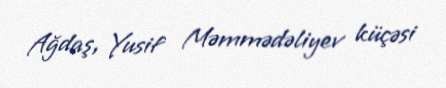
Ağdaş, Yusif Məmmədəliyev küçəsi